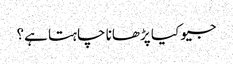
جیو کیا پڑھانا چاہتا ہے؟